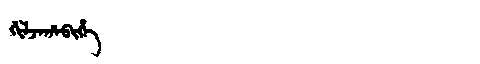
Manchu: ᡤᡳᠯᠵᠠᡥᠠᠪᡳᡥᡝ
Romanization: GILJAHABIHE